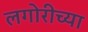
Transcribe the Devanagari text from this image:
लगोरीच्या